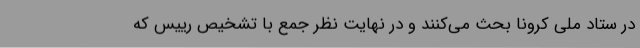
در ستاد ملی کرونا بحث می‌کنند و در نهایت نظر جمع با تشخیص رییس که